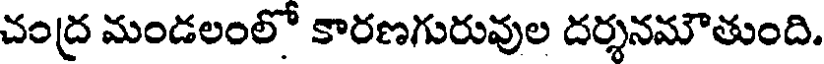
చంద్ర మండలంలో కారణగురువుల దర్శనమౌతుంది.